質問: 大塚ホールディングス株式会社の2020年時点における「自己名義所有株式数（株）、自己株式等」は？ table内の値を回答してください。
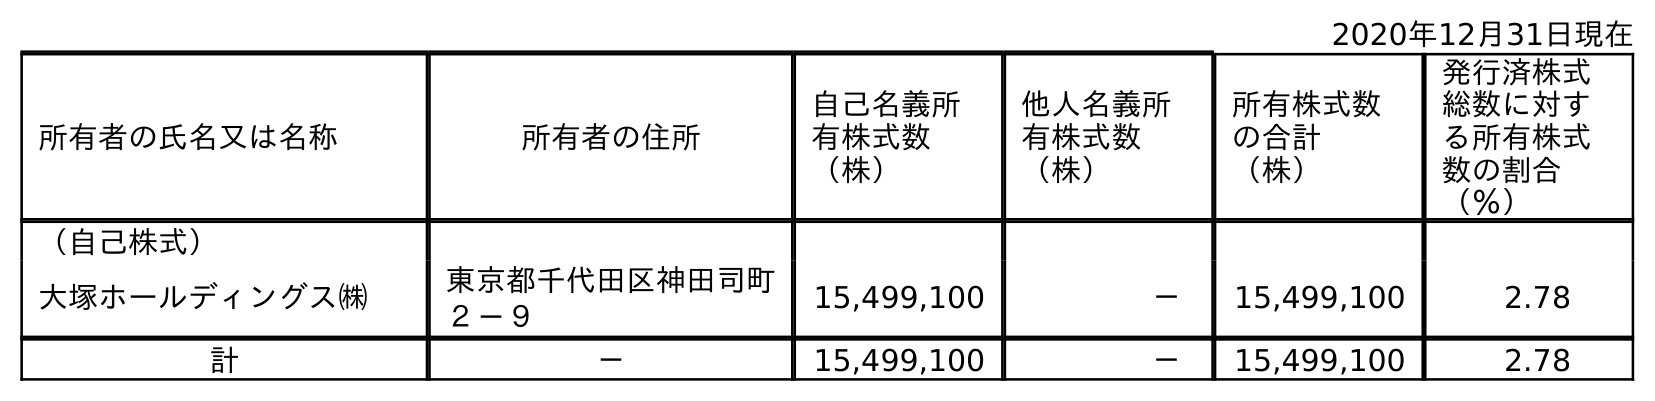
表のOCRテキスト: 2020年12月31日現在 所有者の氏名又は名称 所有者の住所 自己名義所 有株式数 （株） 他人名義所 有株式数 （株） 所有株式数 の合計 （株） 発行済株式 総数に対す る所有株式 数の割合 （％） （自己株式） 大塚ホールディングス㈱ 東京都千代田区神田司町 ２－９ 15,499,100 － 15,499,100 2.78 計 － 15,499,100 － 15,499,100 2.78
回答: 15,499,100